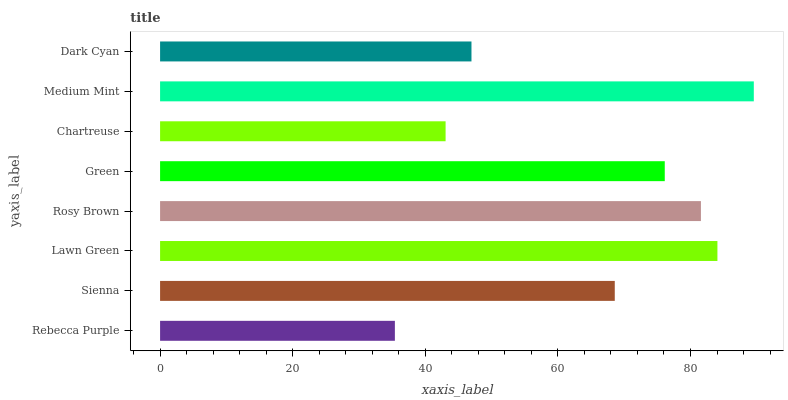
| yaxis_label | bars |
 | --- | --- |
 | Rebecca Purple | 35.4 |
 | Sienna | 68.6 |
 | Lawn Green | 84.1 |
 | Rosy Brown | 81.6 |
 | Green | 76.1 |
 | Chartreuse | 43.1 |
 | Medium Mint | 89.5 |
 | Dark Cyan | 47 |